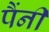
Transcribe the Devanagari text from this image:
पैंनी